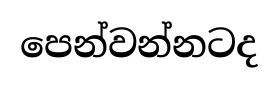
පෙන්වන්නටද